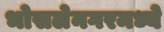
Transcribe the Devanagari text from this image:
भोसलेनगरमध्ये